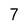
Character: 7